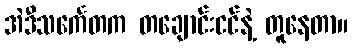
အဲဒီသင်္ကေတက တချောင်းငင်နဲ့ တူနေတာ။